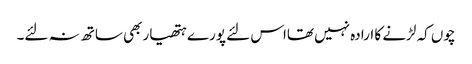
چوں کہ لڑنے کا ارادہ نہیں تھااس لئے پورے ہتھیار بھی ساتھ نہ لئے۔